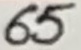
Text: 65